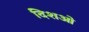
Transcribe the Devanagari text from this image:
दिशओ